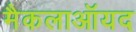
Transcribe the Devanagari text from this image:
मैकलाऑयद